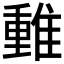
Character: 𨿿